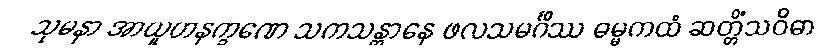
သုမနာ အာယူဟနက္ခဏေ သကသန္တာနေ ဖလသမင်္ဂိဿ ဓမ္မကထံ ဆတ္တိံသဝိဓာ